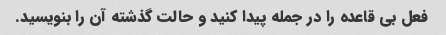
فعل بی قاعده را در جمله پیدا کنید و حالت گذشته آن را بنویسید.